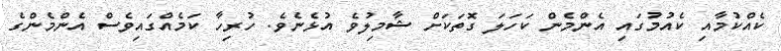
ކެއްކުމާއި ކެއުމުގައި އެންމެން ކަހަލަ ގޮތަކަށް ޝާމިލުވެ އުޅެނެވެ. ހުރިހާ ކަމެއްގައިވެސް އެންމެންގެ